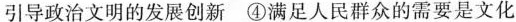
引导政治文明的发展创新 ④满足人民群众的需要是文化